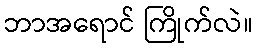
ဘာအရောင် ကြိုက်လဲ။